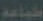
طباعة